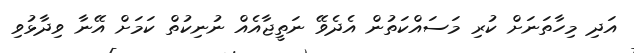
އަދި މިހާތަނަށް ކުރި މަސައްކަތުން އެދެވޭ ނަތީޖާއެއް ނުނިކުތް ކަމަށް އޭނާ ވިދާޅުވި